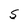
Character: S